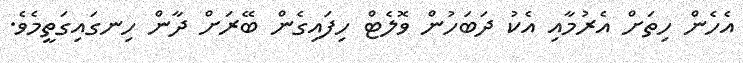
އެހެން ހިތަށް އެރުމާއި އެކު ދަބަހުން ވޮލެޓް ހިފައިގެން ބޭރަށް ދާން ހިނގައިގަތީމެވެ.